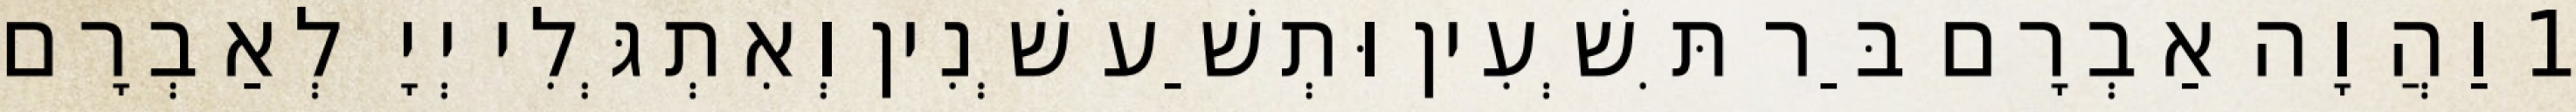
1 וַהֲוָה אַבְרָם בַּר תִּשְׁעִין וּתְשַׁע שְׁנִין וְאִתְגְּלִי יְיָ לְאַבְרָם